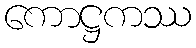
ကောဋ္ဌကဿ